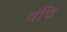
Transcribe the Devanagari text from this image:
वंचि